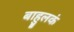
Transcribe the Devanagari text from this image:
बाहुलकं